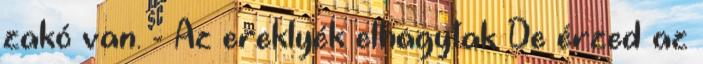
zakó van. - Az ereklyék elhagytak De érzed az